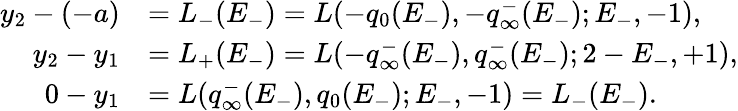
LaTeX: \begin{array}{rl}{y_{2}-(-a)}&{=L_{-}(E_{-})=L(-q_{0}(E_{-}),-q_{\infty}^{-}(E_{-});E_{-},-1),}\\ {y_{2}-y_{1}}&{=L_{+}(E_{-})=L(-q_{\infty}^{-}(E_{-}),q_{\infty}^{-}(E_{-});2-E_{-},+1),}\\ {0-y_{1}}&{=L(q_{\infty}^{-}(E_{-}),q_{0}(E_{-});E_{-},-1)=L_{-}(E_{-}).}\end{array}